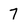
Character: 7